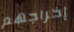
إخراجهم